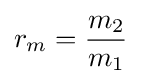
r_{m}={\frac {m_{2}}{m_{1}}}